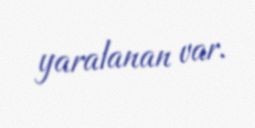
yaralanan var.